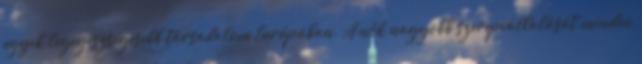
egyik legegészségesebb társadalom Európában. A nők nagyobb szerepvállalását minden